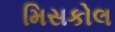
મિસકોલ